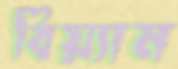
বিয়্যাম